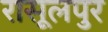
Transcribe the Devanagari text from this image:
रासूलपुर